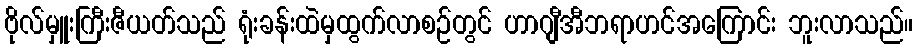
ဗိုလ်မှူးကြီးဇီယတ်သည် ရုံးခန်းထဲမှထွက်လာစဉ်တွင် ဟာဂျီအီဘရာဟင်အကြောင်း ဘူးလာသည်။